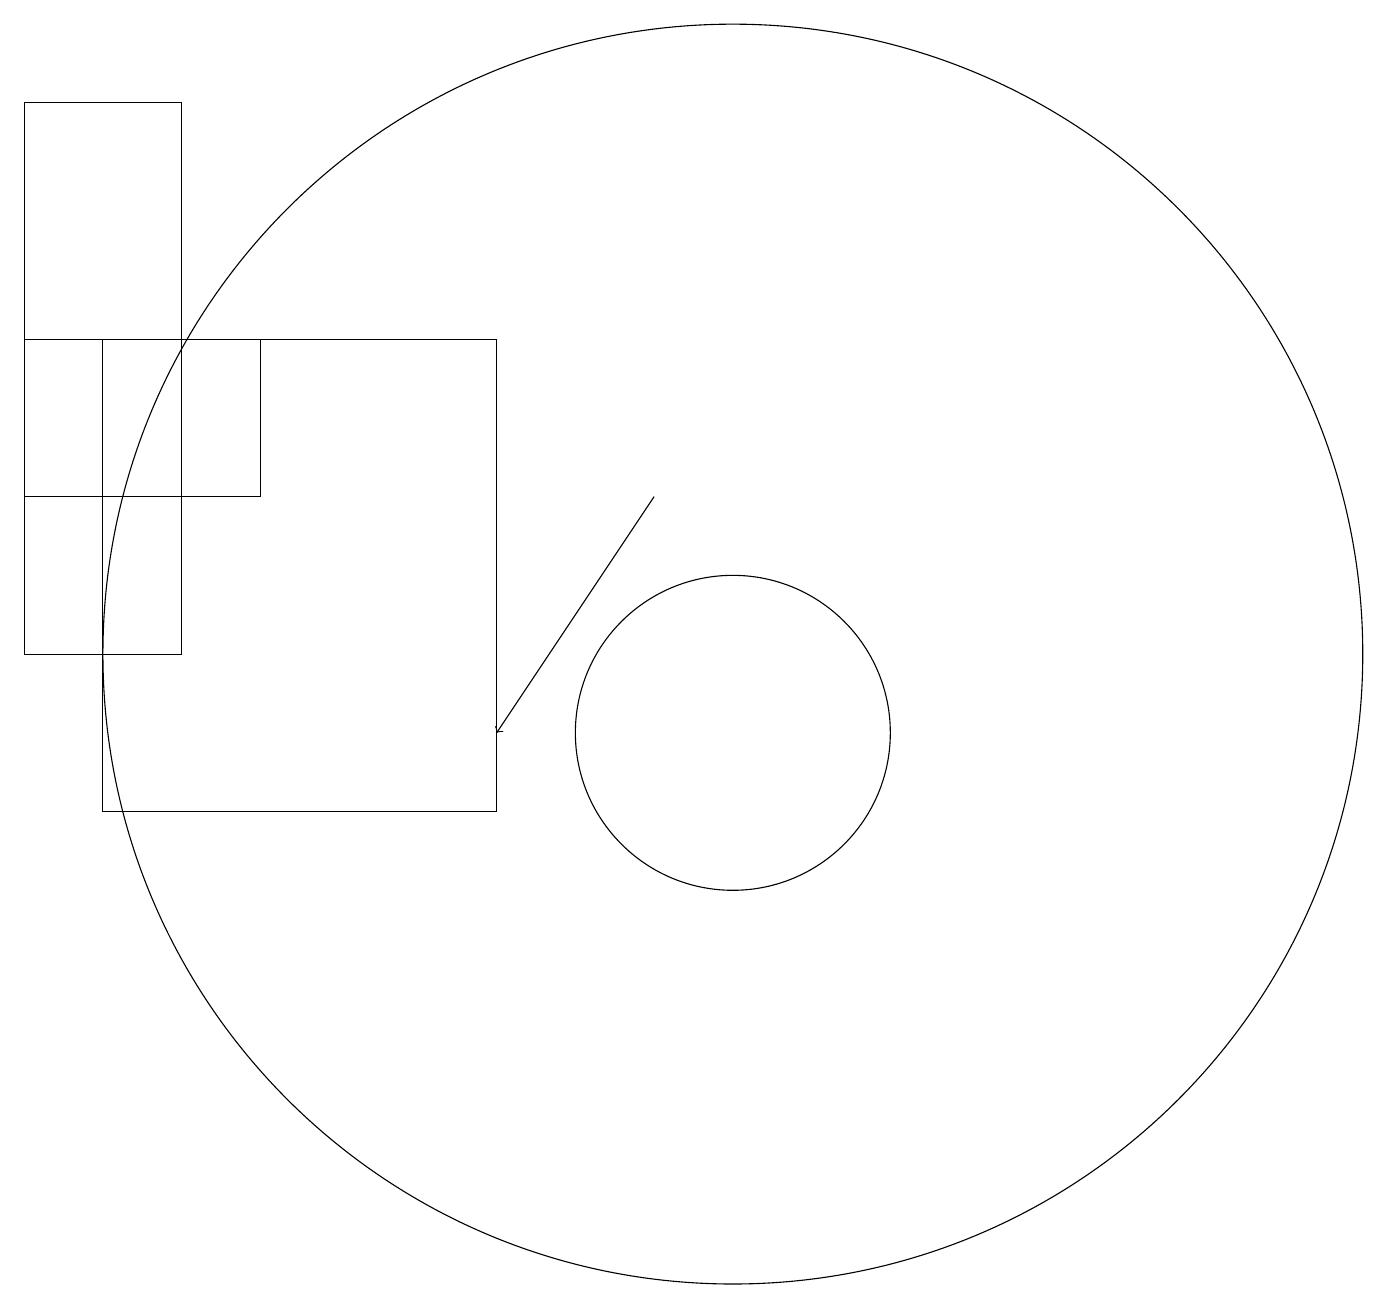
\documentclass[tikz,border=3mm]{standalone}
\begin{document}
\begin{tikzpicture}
\draw (1,16) rectangle (4,14);
\draw (7,10) rectangle (2,16);
\draw (3,12) rectangle (1,19);
\draw (10,11) circle (2);
\draw (10,12) circle (8);
\draw[->] (9,14) -- (7,11);
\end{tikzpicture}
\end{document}